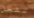
تفعل